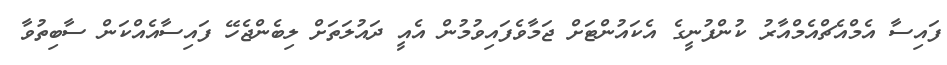
ފައިސާ އެމްއެޗްއެމްއާރު ކުންފުނީގެ އެކައުންޓަށް ޖަމާވެފައިވުމުން އެއީ ދައުލަތަށް ލިބެންޖެހޭ ފައިސާއެއްކަން ސާބިތުވާ